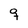
Character: q